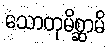
သောတုမိစ္ဆာမိ